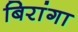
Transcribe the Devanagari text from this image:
बिरांगा